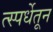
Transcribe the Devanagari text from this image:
त्स्पर्धेतून